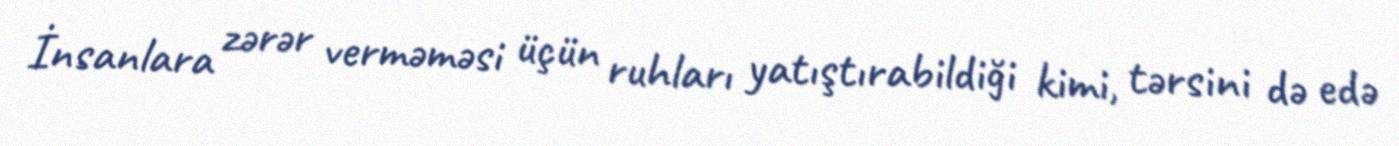
İnsanlara zərər verməməsi üçün ruhları yatıştırabildiği kimi, tərsini də edə